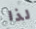
لذا